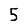
Digit: 5